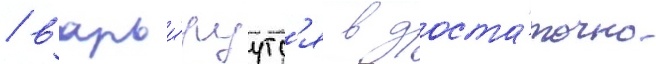
/ варьи́руутс'я в доста́точно